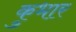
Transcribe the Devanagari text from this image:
कुभार